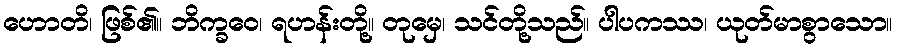
ဟောတိ၊ ဖြစ်၏။ ဘိက္ခဝေ၊ ရဟန်းတို့။ တုမှေ၊ သင်တို့သည်။ ပါပကဿ၊ ယုတ်မာစွာသော။